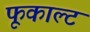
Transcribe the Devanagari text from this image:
फूकाल्ट